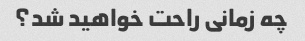
چه زمانی راحت خواهید شد؟